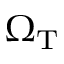
\Omega _ { \mathrm { T } }